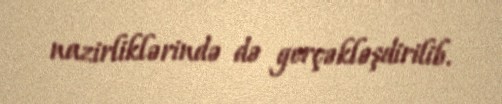
nazirliklərində də gerçəkləşdirilib.